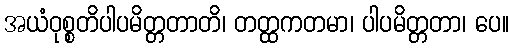
အယံဝုစ္စတိပါပမိတ္တတာတိ၊ တတ္ထကတမာ၊ ပါပမိတ္တတာ၊ ပေ။